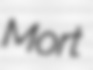
Mort